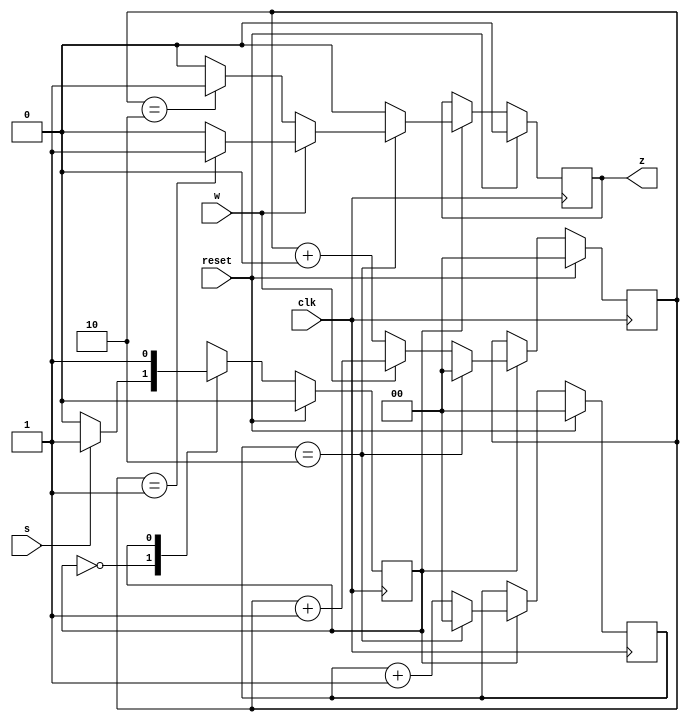
module top_module (
    input clk,
    input reset,   // Synchronous reset
    input s,
    input w,
    output z
);
    
    parameter A = 0 , B = 1 ;
    reg cstate , nstate ;
    reg [1:0] cnt ;
    reg cnt_end ;
    reg [1:0] w_cnt ;
    
    assign z = cnt_end ;
    
    always @(posedge clk) begin
        if(reset) begin
            cstate <= A ;
        end
        else begin
            cstate <= nstate ;
        end
    end
    
    always @(*) begin
        case (cstate) 
            A : nstate = s ? B : A ;
            B : nstate = B ;
        endcase
    end
    
    always @(posedge clk) begin
        if(reset) begin
            cnt <= 2'b00 ;
            w_cnt <= 2'b00 ;
            cnt_end <= 0 ;
        end
        else begin
            if(cstate == B) begin
                if(cnt == 3-1) begin
                    cnt <= 2'b00 ;
                    w_cnt <= 2'b00 ; 
                    if(w == 1) begin
                        if(w_cnt == 1) begin
                            cnt_end <= 1 ;
                        end
                        else begin
                            cnt_end <= 0 ;
                        end
                    end
                    else begin
                        if(w_cnt == 2) begin
                            cnt_end<= 1 ;
                        end
                        else begin
                            cnt_end <= 0 ;
                        end
                    end
                end
                else begin
                    cnt_end <= 0 ;
                    cnt <= cnt + 1;
                    if(w == 1) begin
                        w_cnt <= w_cnt + 1 ;
                    end
                    else begin
                        w_cnt <= w_cnt + 0 ;
                    end
                end
            end
        end
    end
    

endmodule